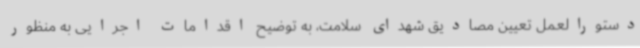
دستورالعمل تعیین مصادیق شهدای سلامت، به توضیح اقدامات اجرایی به منظور